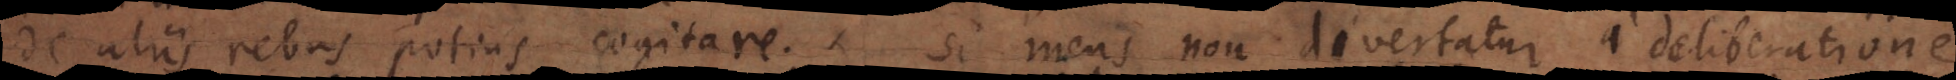
de aliis rebus potius cogitare. Si mens non divertatur a deliberatione,